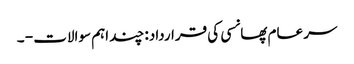
سر عام پھانسی کی قرارداد: چند اہم سوالات - ۔